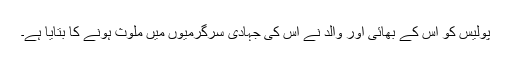
پولیس کو اُس کے بھائی اور والد نے اُس کی جہادی سرگرمیوں میں ملوث ہونے کا بتایا ہے۔